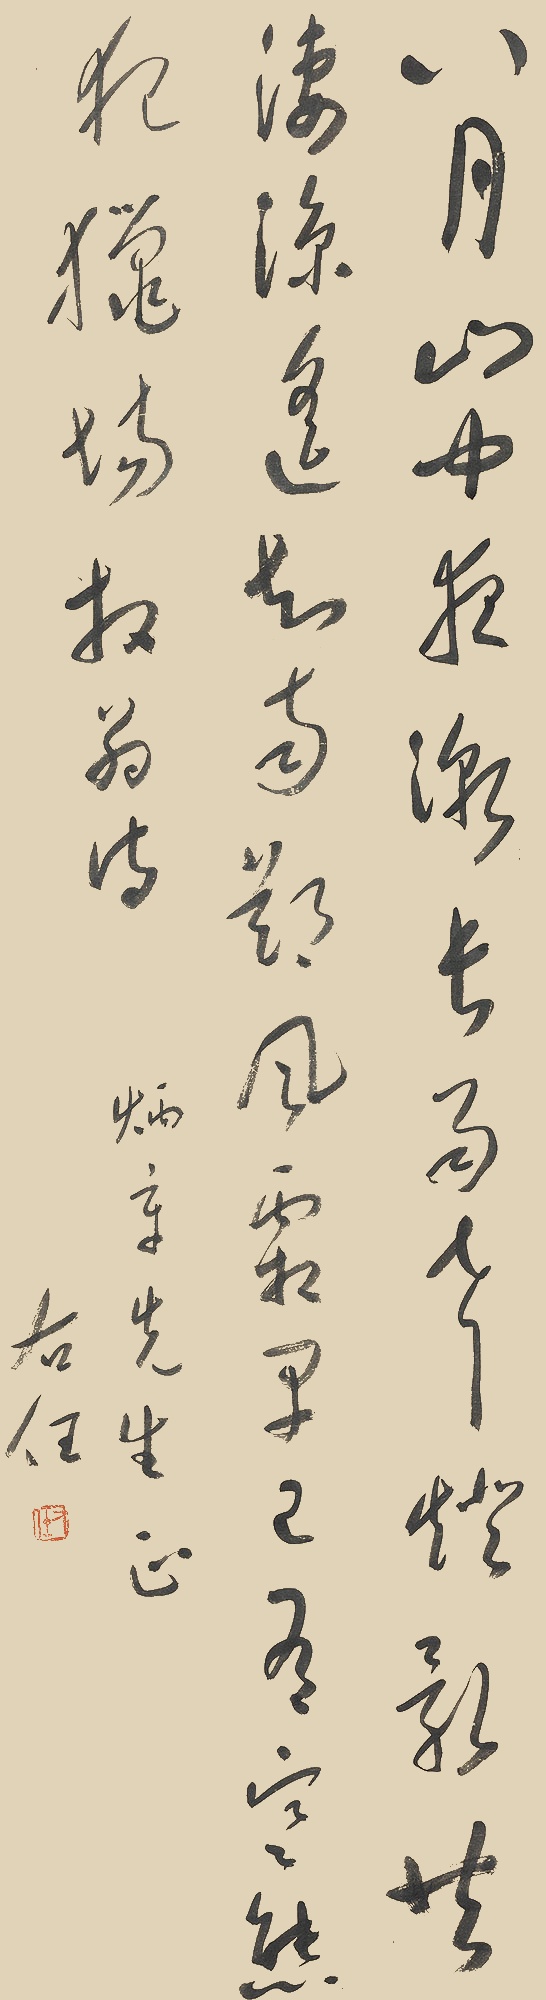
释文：八月山中夜渐长，雨声灯影共凄凉。遥知南郑风霜早，已有寒熊犯猎场。炳章先生正。右任。放翁诗。